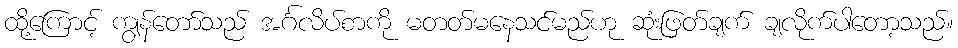
ထို့ကြောင့် ကျွန်တော်သည် အင်္ဂလိပ်စာကို မတတ်မနေသင်မည်ဟု ဆုံးဖြတ်ချက် ချလိုက်ပါတော့သည်။